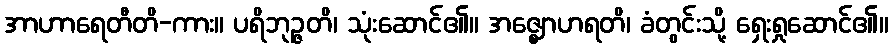
အာဟာရေတီတိ-ကား။ ပရိဘုဉ္ဇတိ၊ သုံးဆောင်၏။ အဇ္ဈောဟရတိ၊ ခံတွင်းသို့ ရှေးရှုဆောင်၏။